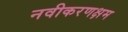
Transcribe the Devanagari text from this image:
नवीकरणक्षम